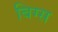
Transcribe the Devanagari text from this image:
बिग्स